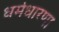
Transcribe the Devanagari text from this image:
धर्मधारणा